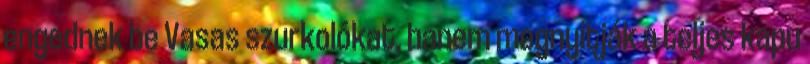
engednek be Vasas szurkolókat, hanem megnyitják a teljes kapu